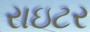
રાઇટર